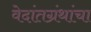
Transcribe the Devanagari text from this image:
वेदांतग्रंथांचा